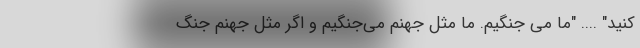
کنید" .... "ما می جنگیم. ما مثل جهنم می‌جنگیم و اگر مثل جهنم جنگ